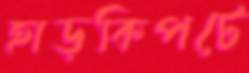
হাড়কিপটে